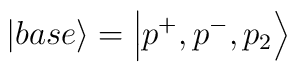
\left| base\right\rangle =\left| p^{+},p^{-},p_{2}\right\rangle